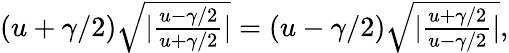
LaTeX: \begin{array}{r}{(u+\gamma/2)\sqrt{|\frac{u-\gamma/2}{u+\gamma/2}|}=(u-\gamma/2)\sqrt{|\frac{u+\gamma/2}{u-\gamma/2}|},}\end{array}